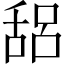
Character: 𰰁